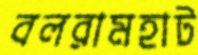
বলরামহাট